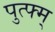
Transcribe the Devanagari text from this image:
पुत्फ्म्